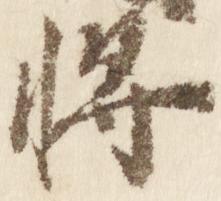
将